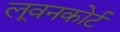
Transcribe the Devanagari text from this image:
लूवनकोर्ट